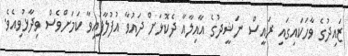
ޒައިދުގެ ވާހަކައިގައި ރައީސް ނަޝީދުގެ އާއިލާއާ ދެކޮޅަށް ދައުވާ އުފުލާފައިވާ ކަމަށްވެސް ވިދާޅުވިއެވެ.